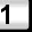
Digit: 1